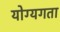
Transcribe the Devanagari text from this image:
योग्यगता